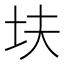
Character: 𫭝